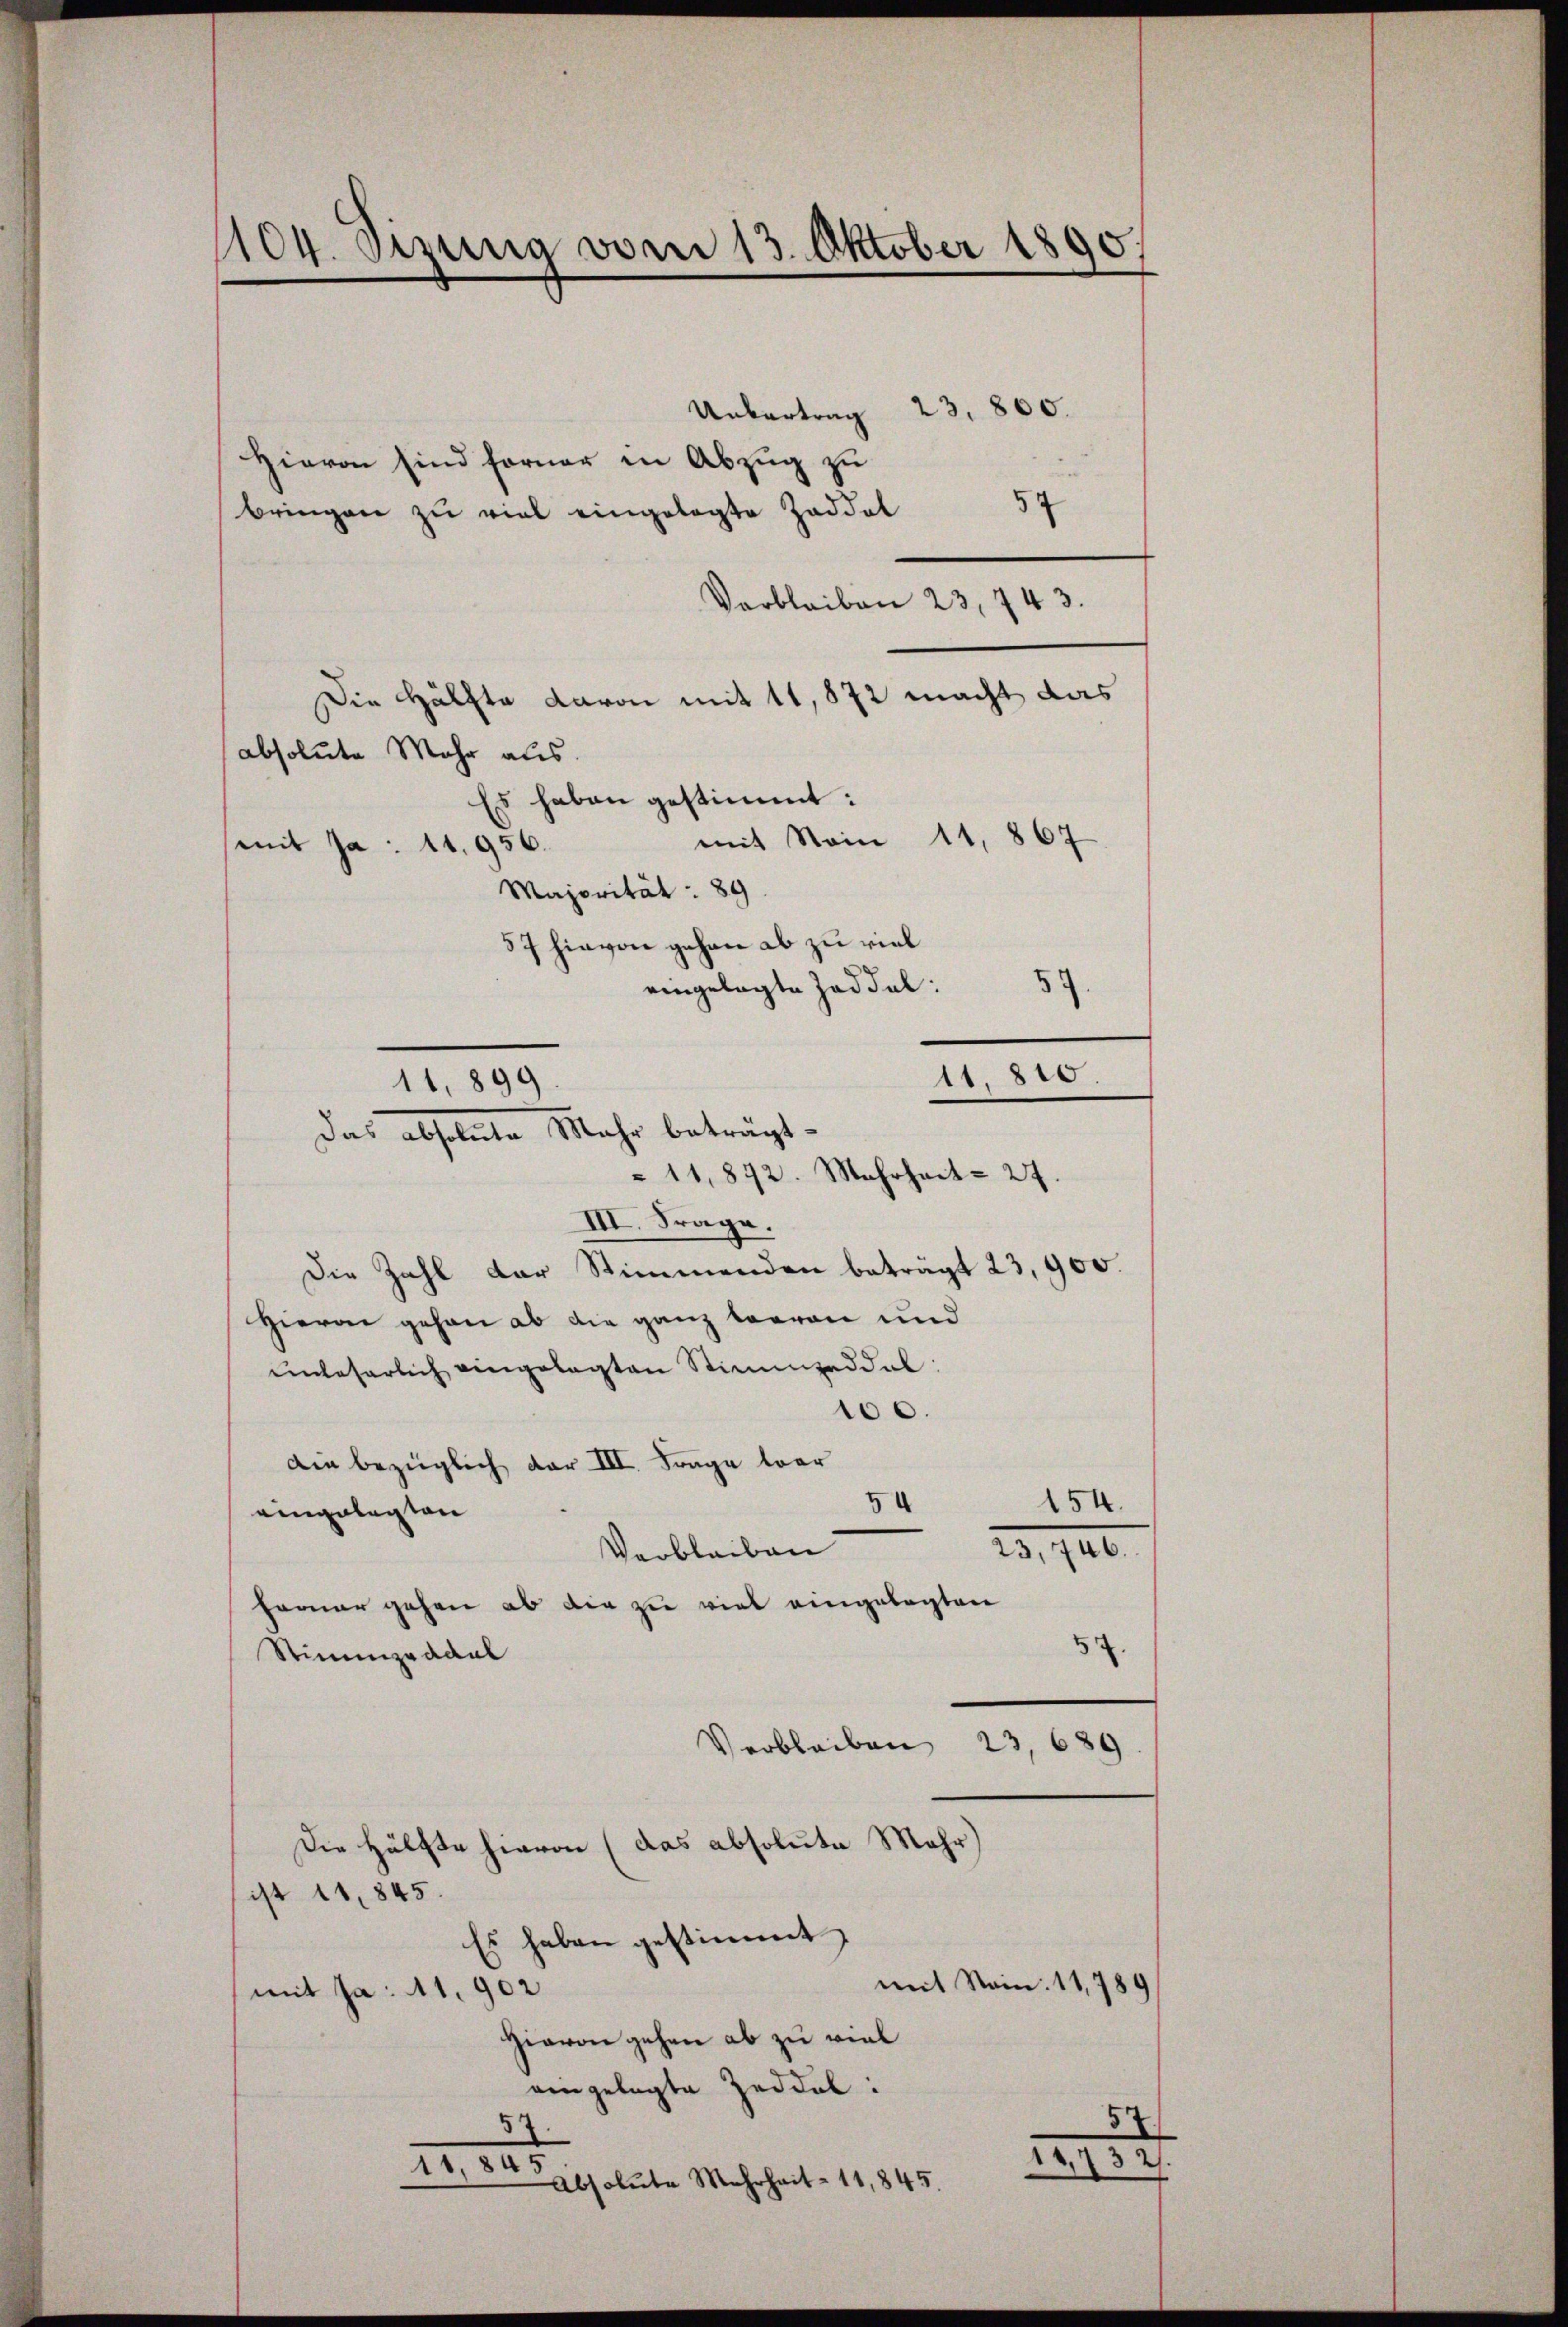
1104. Sizung vom 13. Oktober 1890,
.

Uebertrag 23. 800.
Hievon sind ferner in Abzug zu
54
bringen zu viel eingelegte Zaddel
Verbleiben 23, 743.
Die Hälfte davon mit 11, 872 macht das
absolute Mehr aus.
Es haben gestimmt:
mit Stein 11,867
mit Ja: 11956.
Majorität: 89.
87 hievon gehen ab zu viel
eingelegte Zaddel:
59
11. 810.
11,872. Mehrheit 27.
III. Frage.
Die Zahl der Stimmenden beträgt 23,900.
Hievon gehen ab die ganz beeren und
ŭnbeserlich eingelegten Stimmzeddel:
100.
Die bezüglich dar III. Frage war
54
154.
eingelegten
23., III.
Verbleiben
Ferner gehen ab die zu viel eingelegten
5.
Stimmzeddel
Verbleiben 23,689.
Die Hälfte hievon (das absolute Mehr)
ist 11.845.
Es haben gestimmt,
mit Nein. 11,789
mit Ja: 11,902
Hievon gehen ab zu viel
eingelegte Zeddel.
54
57.
14,732.
Le ra
Absolute Mehrheit 11.845.

11,899
Das absolute Mehr beträgt.